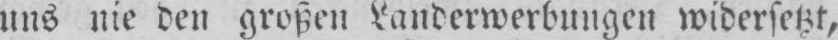
uns nie den großen Landerwerbungen widersetzt,